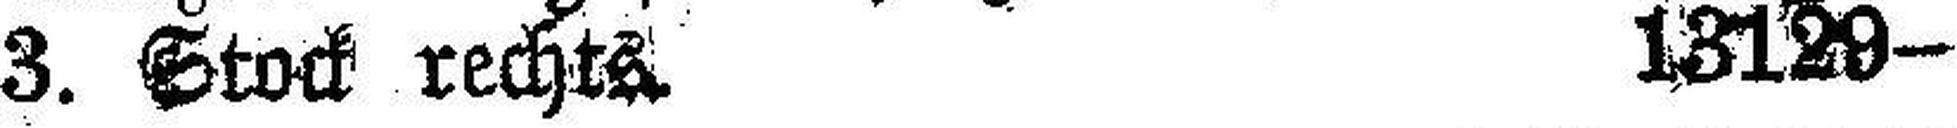
3. Stock rechts. 13129—